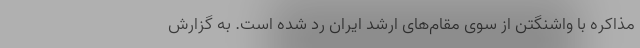
مذاکره با واشنگتن از سوی مقام‌های ارشد ایران رد شده است. به گزارش